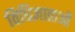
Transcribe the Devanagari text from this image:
विधिज्ञाताओं